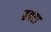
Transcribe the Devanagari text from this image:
हवरा